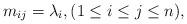
LaTeX: \begin{align*}m_{ij}=\lambda_i, (1\leq i \leq j\leq n),\end{align*}